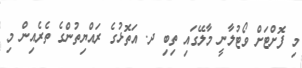
މި ފޮށްޓަށް ވޯޓުލާނީ މާލޭގައި ތިބި ދ. އަތޮޅުގެ ރައްޔިތުންގެ ތެރެއިން މި